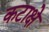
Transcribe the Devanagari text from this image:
कटाक्षे